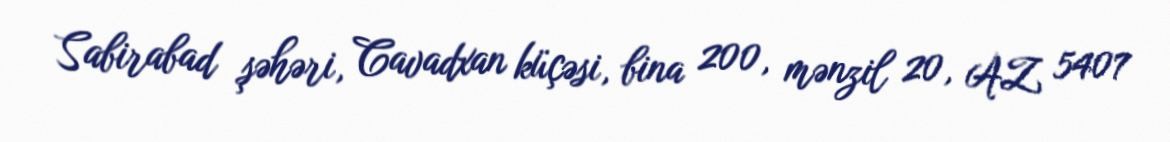
Sabirabad şəhəri, Cavadxan küçəsi, bina 200, mənzil 20, AZ 5407